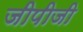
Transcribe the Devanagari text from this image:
जीपीजी